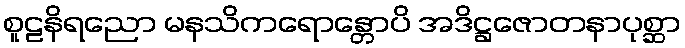
စူဠနိရညော မနသိကရောန္တောပိ အဒိဋ္ဌဇောတနာပုစ္ဆာ